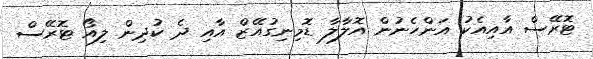
ޓޮރޭސް އާއިއެކު އަންހެނުން އޮލާލާ ޑޮމިނިގުއޭޒް އާއި ދެ ކުދިން ލިއޯ ޓޮރޭސް